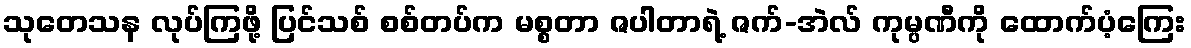
သုတေသန လုပ်ကြဖို့ ပြင်သစ် စစ်တပ်က မစ္စတာ ဇပါတာရဲ့ ဇက်-အဲလ် ကုမ္ပဏီကို ထောက်ပံ့ကြေး